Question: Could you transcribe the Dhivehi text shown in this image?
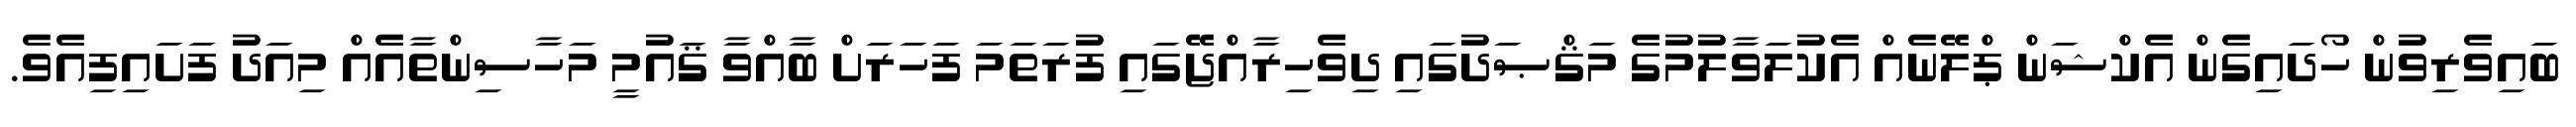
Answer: ބައިވެރިވުން ހޯދައިގެން އެކްޝަން ޕްލޭނެއް އެކުލަވާލުމުގެ މަޤްޞަދުގައި ދިވެހިރާއްޖޭގައި ފުރަތަމަ ފަހަރަށް ބާއްވާ ޤައުމީ މަހާސިންތާއެއް މިއަދު ފަށައިފިއެވެ.